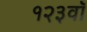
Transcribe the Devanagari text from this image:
१२३वॉ